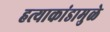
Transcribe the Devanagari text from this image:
हत्याकांडामुळे